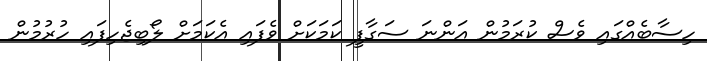
ހިސާބެއްގައި ވެސް ކުރަމުން އަންނަ ސަގާފީ ކަމަކަށް ވެފައި އެކަމަށް ލޯބިޖެހިފައި ހުރުމުން